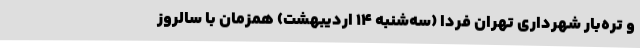
و تره‌بار شهرداری تهران فردا (سه‌شنبه ۱۴ اردیبهشت) همزمان با سالروز